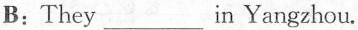
B:They___in Yangzhou.